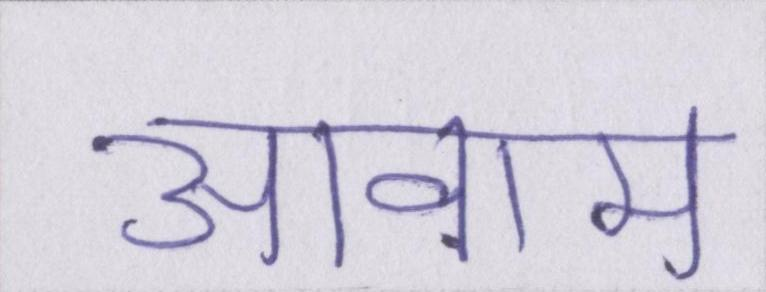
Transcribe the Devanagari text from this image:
आवाम